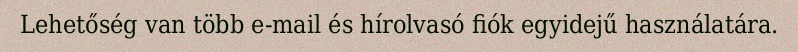
Lehetőség van több e-mail és hírolvasó fiók egyidejű használatára.